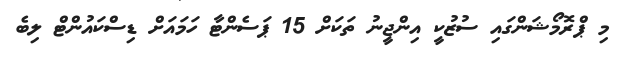
މި ޕްރޮމޯޝަންގައި ސުޒުކީ އިންޖީނު ތަކަށް 15 ޕަސެންޓާ ހަމައަށް ޑިސްކައުންޓް ލިބެ